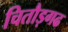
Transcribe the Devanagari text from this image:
चितौड़गढ